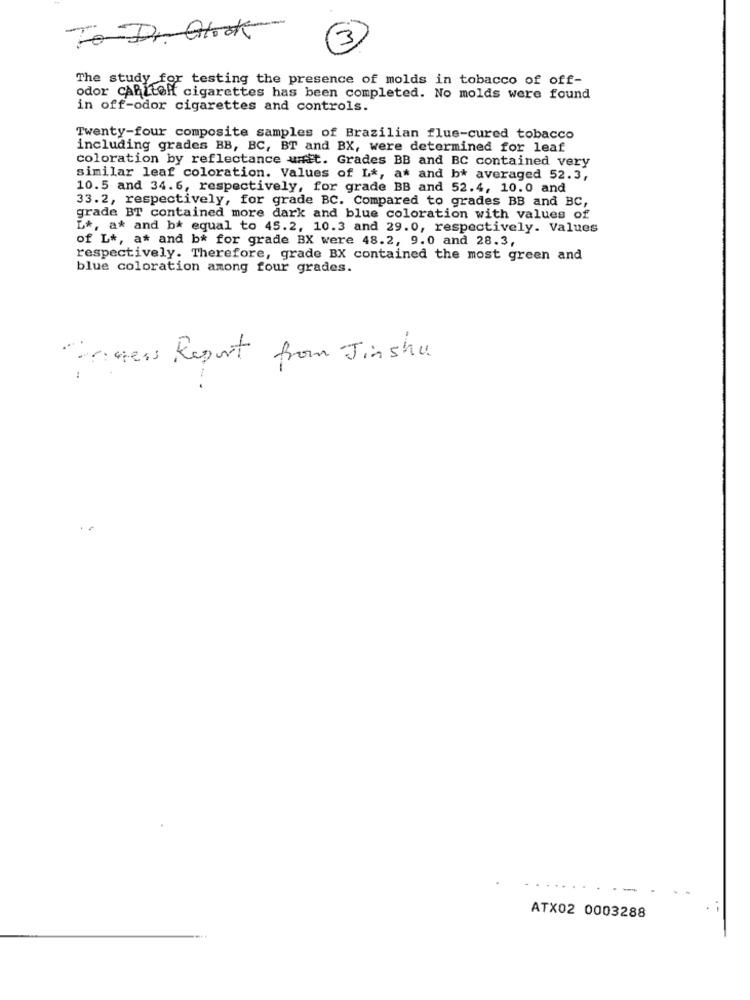
-
To Dr Glock
3
The study for testing the presence of molds in tobacco of off-
odor CARLtCH cigarettes has been completed. No molds were found
in off-odor cigarettes and controls.
Twenty-four composite samples of Brazilian flue-cured tobacco
including grades BB, BC, BT and BX, were determined for leaf
coloration by reflectance unit. Grades BB and BC contained very
similar leaf coloration. Values of L *, at and b* averaged 52.3,
10.5 and 34.6, respectively, for grade BB and 52.4, 10.0 and
33.2, respectively, for grade BC. Compared to grades BB and BC,
grade BT contained more dark and blue coloration with values of
L *, a* and b* equal to 45.2, 10.3 and 29.0, respectively. Values
of L *, a* and b* for grade BX were 48.2, 9.0 and 28.3,
respectively. Therefore, grade BX contained the most green and
blue coloration among four grades.
Anges Report from Jinshu.
ATX02 0003288